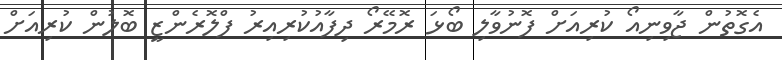
އެގޮތުން ޖާވިނިއޯ ކުރިއަށް ފޮނުވާލި ބޯޯޅަ ރޮމޭރޯ ދިފާއުކުރިއިރު ފްލޮރެންޒީ ބޮލުން ކުރިއަށް